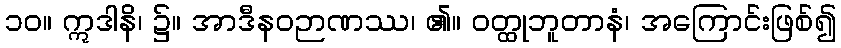
၁၀။ ဣဒါနိ၊ ၌။ အာဒီနဝဉာဏဿ၊ ၏။ ဝတ္ထုဘူတာနံ၊ အကြောင်းဖြစ်၍